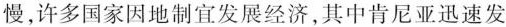
慢，许多国家因地制宜发展经济，其中肯尼亚迅速发